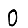
Digit: 0